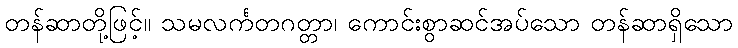
တန်ဆာတို့ဖြင့်။ သမလင်္ကတဂတ္တာ၊ ကောင်းစွာဆင်အပ်သော တန်ဆာရှိသော